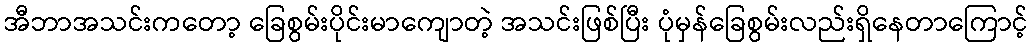
အီဘာအသင်းကတော့ ခြေစွမ်းပိုင်းမာကျောတဲ့ အသင်းဖြစ်ပြီး ပုံမှန်ခြေစွမ်းလည်းရှိနေတာကြောင့်